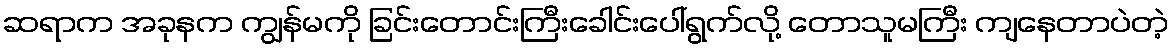
ဆရာက အခုနက ကျွန်မကို ခြင်းတောင်းကြီးခေါင်းပေါ်ရွက်လို့ တောသူမကြီး ကျနေတာပဲတဲ့